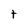
Character: t